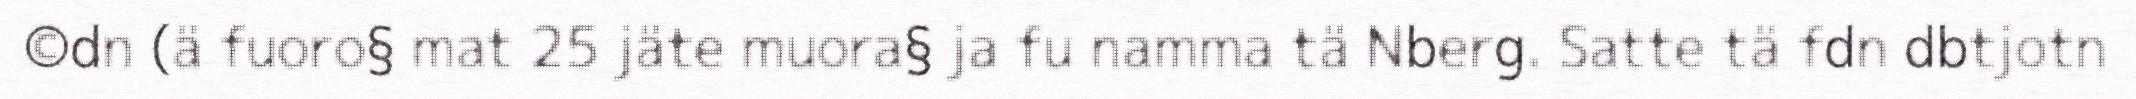
©dn (ä fuoro§ mat 25 jäte muora§ ja fu namma tä Nberg. Satte tä fdn dbtjotn